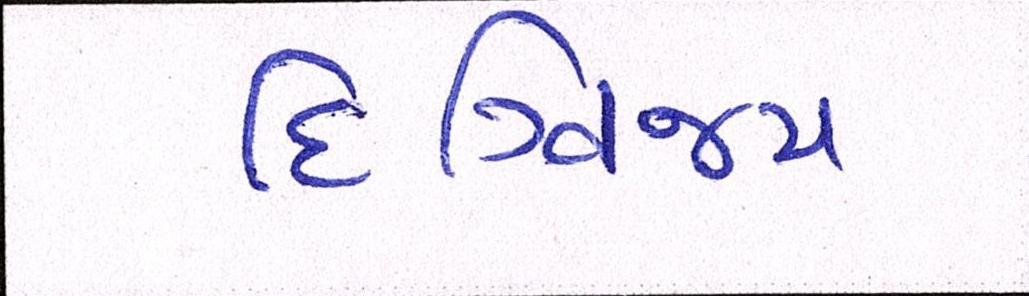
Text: દિગ્વિજય